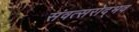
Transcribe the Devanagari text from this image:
संवत्सरोद्भव